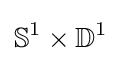
\mathbb {S} ^{1}\times \mathbb {D} ^{1}